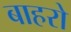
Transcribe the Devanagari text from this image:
बाहरो